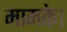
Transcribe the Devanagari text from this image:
मामके।